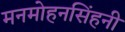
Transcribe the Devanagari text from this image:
मनमोहनसिंहनी